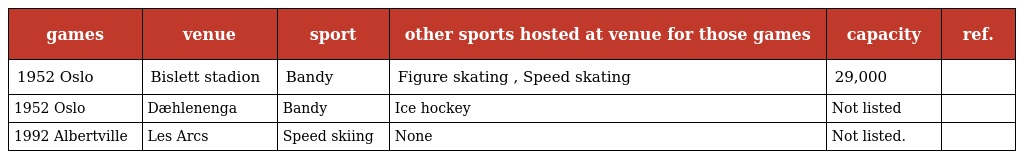
| games | venue | sport | other sports hosted at venue for those games | capacity | ref. |
 | --- | --- | --- | --- | --- | --- |
 | 1952 Oslo | Bislett stadion | Bandy | Figure skating , Speed skating | 29,000 |  |
 | 1952 Oslo | Dæhlenenga | Bandy | Ice hockey | Not listed |  |
 | 1992 Albertville | Les Arcs | Speed skiing | None | Not listed. |  |